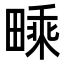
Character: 𤳁